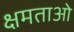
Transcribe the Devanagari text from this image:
क्षमताओ